Civil Veterinary Department. Central Provinces & Berar 1925-31 - 1925-1931
Year: 1925
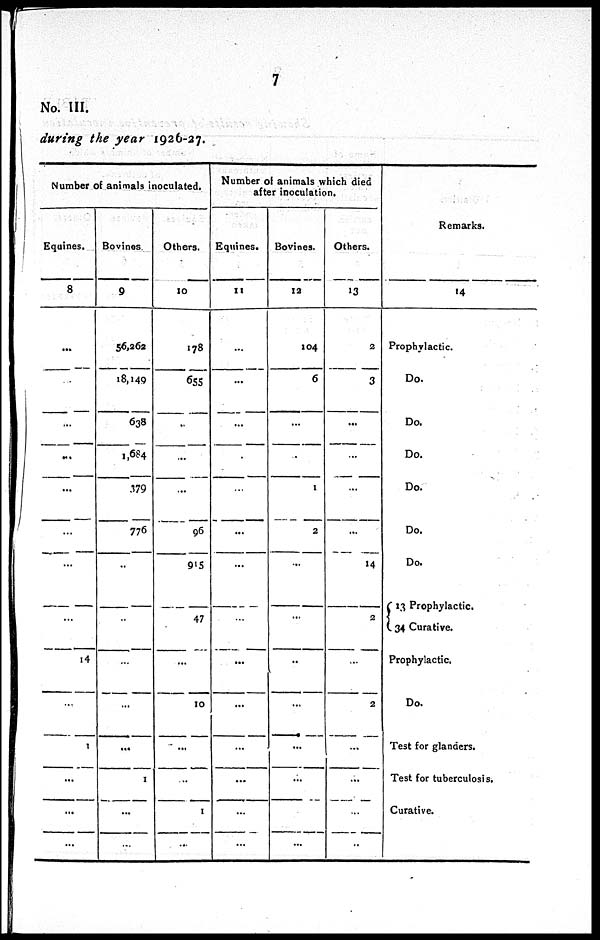
7
No. III.
during the year 1926-27.
Number of animals inoculated.
Equines.
8
...
...
...
...
...
...
...
...
14
...
1
...
...
...
Bovines
9
56,262
18,149
638
1,684
379
776
...
...
...
...
...
1
...
...
Others.
10
178
655
..
...
...
96
915
47
...
10
...
...
1
...
Number of animals which died
after inoculation.
Equines.
11
...
...
...
...
...
...
...
...
...
...
...
...
...
...
Bovines.
12
104
6
...
...
1
2
...
...
..
...
...
...
...
...
Others.
13
2
3
...
...
...
...
14
2
...
2
...
...
...
..
Remarks.
14
Prophylactic.
Do.
Do.
Do.
Do.
Do.
Do.
13 Prophylactic.
34 Curative.
Prophylactic.
Do.
Test for glanders.
Test for tuberculosis.
Curative.